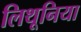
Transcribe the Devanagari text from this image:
लिथूनिया